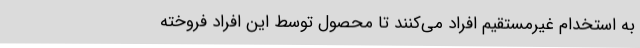
به استخدام غیرمستقیم افراد می‌کنند تا محصول توسط این افراد فروخته